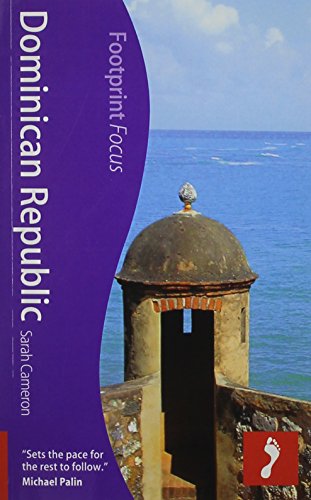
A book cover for Dominican Republic: Footprint Focus Guide; Sarah Cameron; Travel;